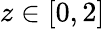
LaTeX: z\in[0,2]